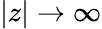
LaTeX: |z|\to\infty